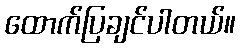
ထောက်ပြချင်ပါတယ်။